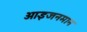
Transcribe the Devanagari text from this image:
आइजनमान